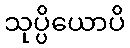
သုပ္ပိယောပိ